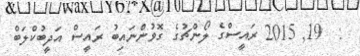
:  19